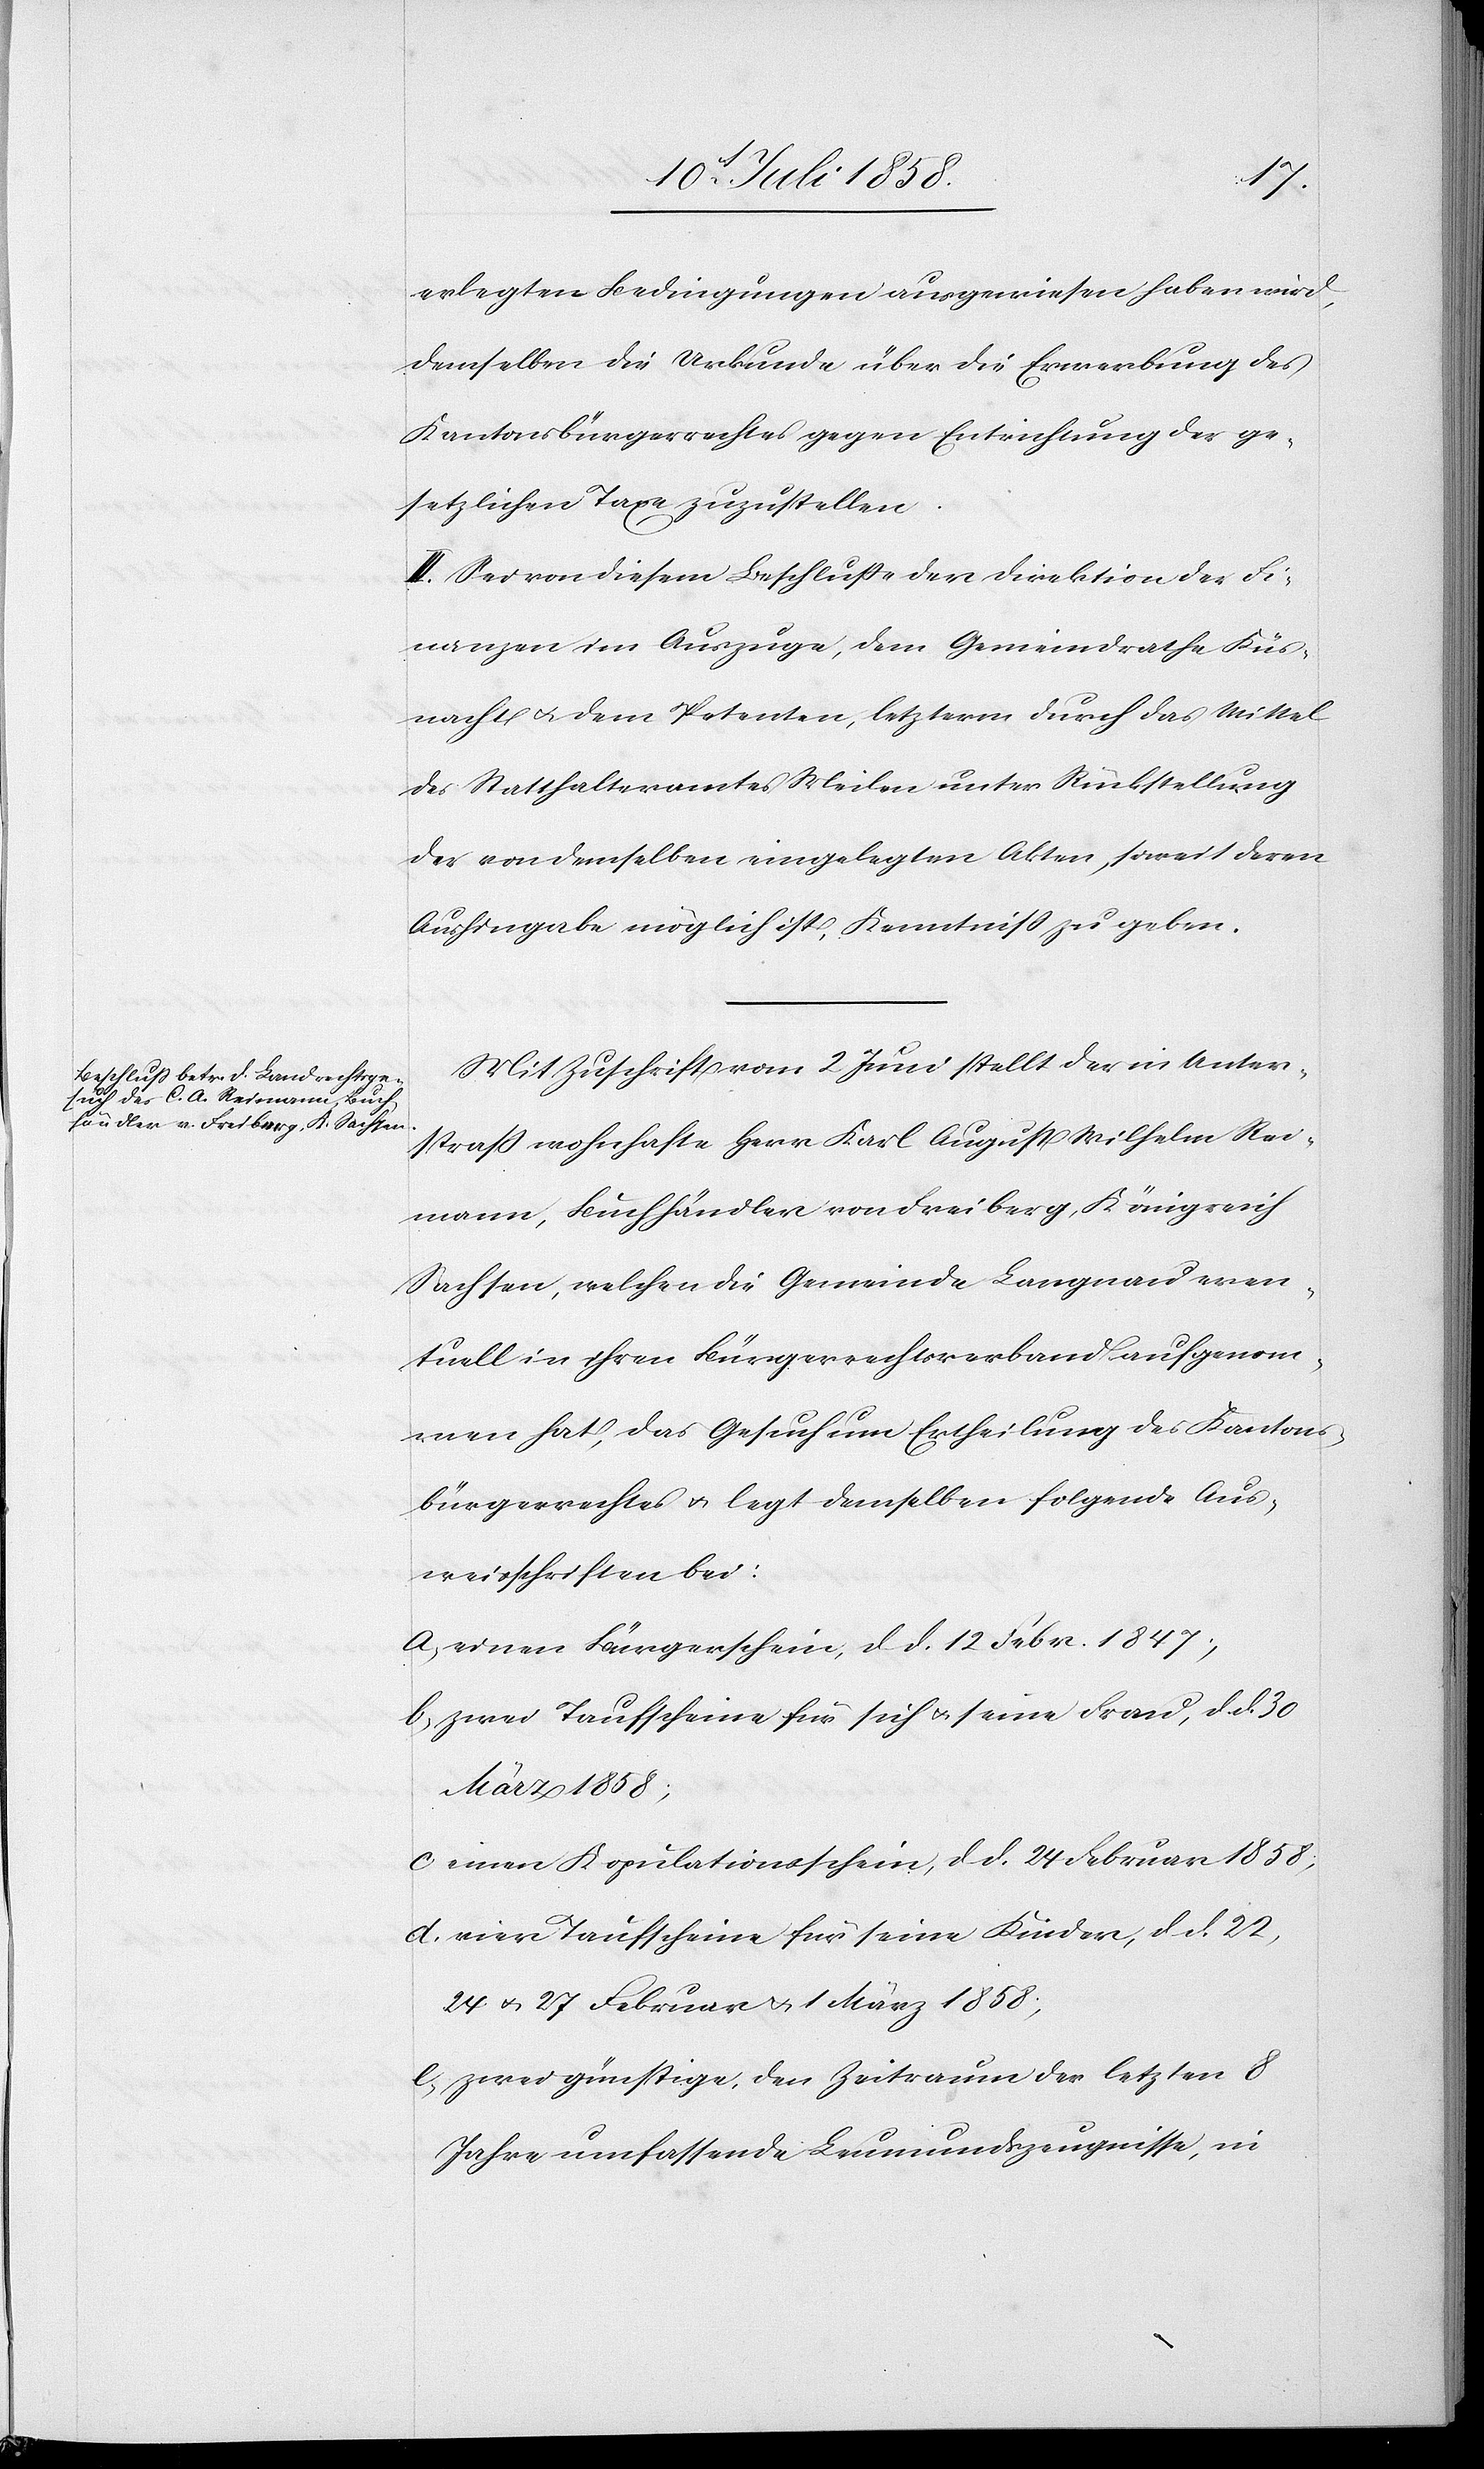
erlegten Bedingungen ausgewiesen haben wird,
demselben die Urkunde über die Erwerbung des
Kantonsbürgerrechtes gegen Entrichtung der ge¬
setzlichen Taxe zuzustellen.
III. Sei von diesem Beschlusse der Direktion der Fi¬
nanzen im Auszuge, dem Gemeindrathe Küs¬
nacht & dem Petenten, letzterm durch das Mittel
des Statthalteramtes Meilen unter Rückstellung
der von demselben eingelegten Akten, soweit deren
Aushingabe möglich ist, Kenntniß zu geben.
Mit Zuschrift vom 2 Juni stellt der in Unter¬
straß wohnhafte Herr Karl August Wilhelm Rei¬
mann, Buchhändler von Freiberg, Königreich
Sachsen, welchen die Gemeinde Langnau even¬
tuell in ihren Bürgerrechtsverband aufgenom¬
men hat, das Gesuch um Ertheilung des Kantons¬
bürgerrechtes & legt demselben folgende Aus¬
weisschriften bei:
einen Bürgerschein, d. d. 12 Febr. 1847;
zwei Taufscheine für sich & seine Frau, d. d. 30
März 1858;
einen Kopulationsschein, d. d. 24 Februar 1858;
vier Taufscheine für seine Kinder, d. d. 22,
24 & 27 Februar & 1 März 1858;
zwei günstige, den Zeitraum der letzten 8
Jahre umfassende Leumundszeugnisse, in